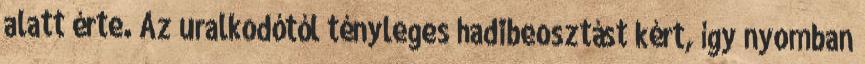
alatt érte. Az uralkodótól tényleges hadibeosztást kért, így nyomban